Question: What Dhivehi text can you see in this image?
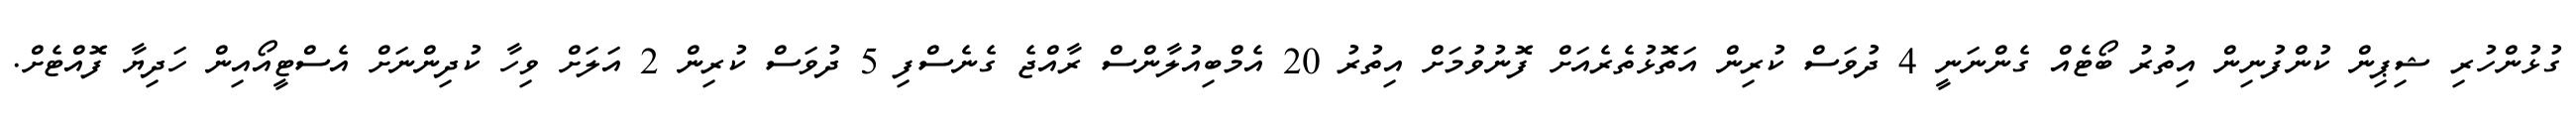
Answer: ގުޅުންހުރި ޝިޕިން ކުންފުނިން އިތުރު ބޯޓެއް ގެންނަނީ 4 ދުވަސް ކުރިން އަތޮޅުތެރެއަށް ފޮނުވުމަށް އިތުރު 20 އެމްބިއުލާންސް ރާއްޖެ ގެނެސްފި 5 ދުވަސް ކުރިން 2 އަލަށް ވިހާ ކުދިންނަށް އެސްޓީއޯއިން ހަދިޔާ ފޮއްޓެށް.